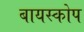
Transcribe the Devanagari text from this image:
बायस्कोप